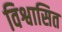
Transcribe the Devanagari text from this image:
विश्वासित